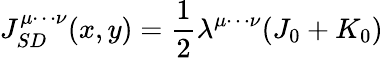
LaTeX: J_{SD}^{\mu\cdots\nu}(x,y)=\frac{1}{2}\lambda^{\mu\cdots\nu}(J_{0}+K_{0})